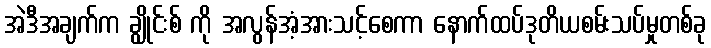
အဲဒီအချက်က ချွိုင်းစ် ကို အလွန်အံ့အားသင့်စေကာ နောက်ထပ်ဒုတိယစမ်းသပ်မှုတစ်ခု